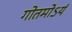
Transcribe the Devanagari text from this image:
गोतमोऽयं